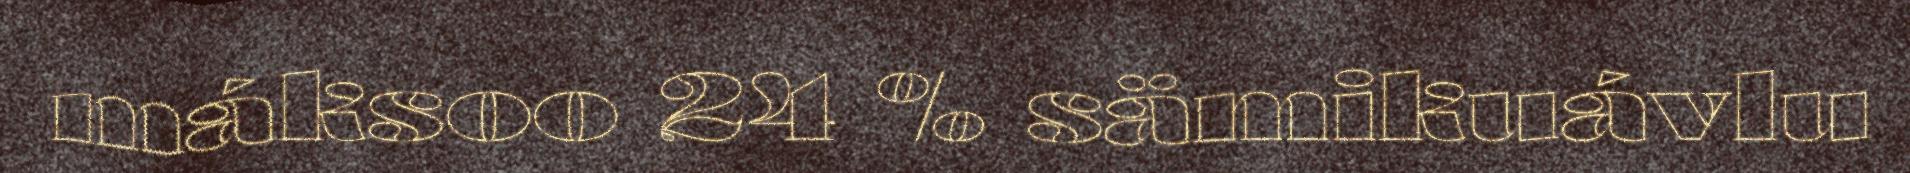
máksoo 24 % sämikuávlu